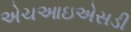
એચઆઇએસડી